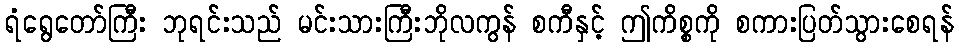
ရံရွေတော်ကြီး ဘုရင်းသည် မင်းသားကြီးဘိုလကွန် စကီနှင့် ဤကိစ္စကို စကားပြတ်သွားစေရန်